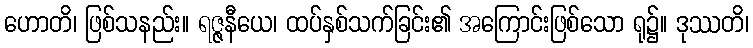
ဟောတိ၊ ဖြစ်သနည်း။ ရဇ္ဇနီယေ၊ ထပ်နှစ်သက်ခြင်း၏ အကြောင်းဖြစ်သော ရု၌။ ဒုဿတိ၊